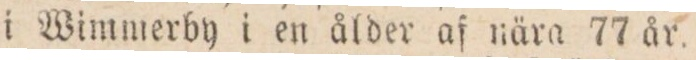
i Wimmerby i en ålder af nära 77 år.